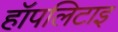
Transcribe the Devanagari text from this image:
हॉपलिटाइ